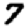
Digit: 7